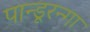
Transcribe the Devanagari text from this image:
पान्डूरन्गा